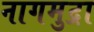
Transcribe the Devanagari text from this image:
नागमुद्रा